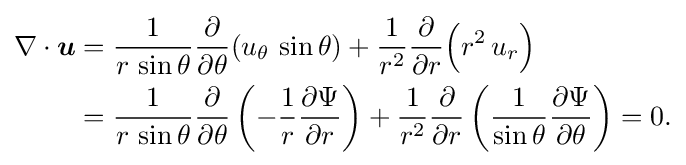
{\begin{aligned}\nabla \cdot {\boldsymbol {u}}&={\frac {1}{r\,\sin \theta }}{\frac {\partial }{\partial \theta }}(u_{\theta }\,\sin \theta )+{\frac {1}{r^{2}}}{\frac {\partial }{\partial r}}{\Bigl (}r^{2}\,u_{r}{\Bigr )}\\&={\frac {1}{r\,\sin \theta }}{\frac {\partial }{\partial \theta }}\left(-{\frac {1}{r}}{\frac {\partial \Psi }{\partial r}}\right)+{\frac {1}{r^{2}}}{\frac {\partial }{\partial r}}\left({\frac {1}{\sin \theta }}{\frac {\partial \Psi }{\partial \theta }}\right)=0.\end{aligned}}